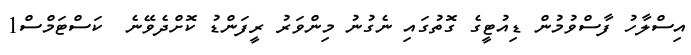
އިސްލާހު ފާސްވުމުން ޑިއުޓީގެ ގޮތުގައި ނެގުނު މިންވަރު ރީފަންޑު ކޮށްދެވޭނެ  ކަސްޓަމްސް1